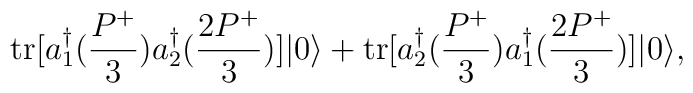
\mbox{tr}[a_1^{\dagger}(\frac{P^+}{3})a_2^{\dagger}(\frac{2P^+}{3})]|0\rangle +\mbox{tr}[a_2^{\dagger}(\frac{P^+}{3})a_1^{\dagger}(\frac{2P^+}{3})]|0\rangle,